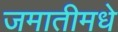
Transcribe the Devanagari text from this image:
जमातीमधे